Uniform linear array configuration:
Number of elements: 32
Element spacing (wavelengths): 0.75
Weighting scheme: kaiser
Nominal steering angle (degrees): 60
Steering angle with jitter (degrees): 60.725
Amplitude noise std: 0.05
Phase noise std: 0.05

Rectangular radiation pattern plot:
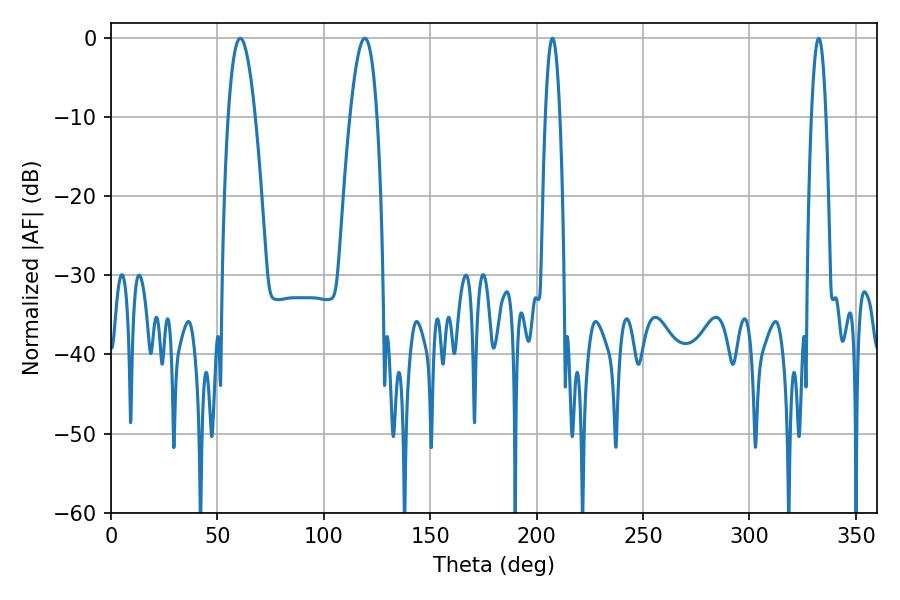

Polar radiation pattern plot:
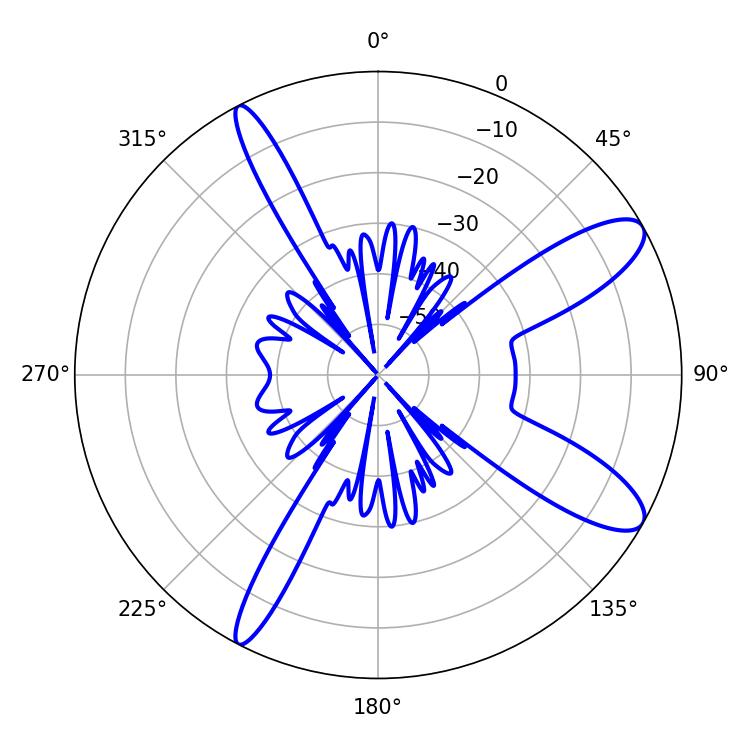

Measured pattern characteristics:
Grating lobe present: TRUE
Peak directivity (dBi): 10.852
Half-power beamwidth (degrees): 7.02
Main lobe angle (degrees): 60.66